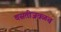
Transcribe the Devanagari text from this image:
वसतीजवळच